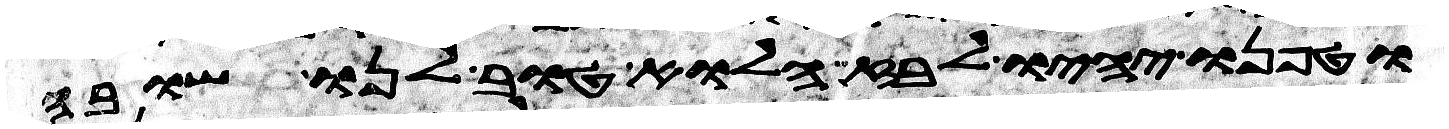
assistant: וטפנו יהיו לבוז הלוא טוב לנו שובה